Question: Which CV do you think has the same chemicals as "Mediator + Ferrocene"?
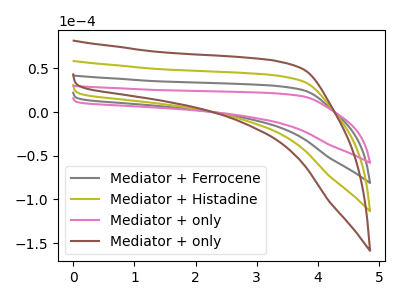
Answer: <think>The gray curve "Mediator + Ferrocene" has no peaks. The olive curve "Mediator + Histadine" has no peaks. The pink curve "Mediator + only" has no peaks. The brown curve "Mediator + only" has no peaks.
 Neither "Mediator + Ferrocene" or "Mediator + Histadine" have any peaks. Neither "Mediator + Ferrocene" or "Mediator + only" have any peaks. Neither "Mediator + Ferrocene" or "Mediator + only" have any peaks. Neither "Mediator + Histadine" or "Mediator + only" have any peaks. Neither "Mediator + Histadine" or "Mediator + only" have any peaks. Neither "Mediator + only" or "Mediator + only" have any peaks.</think>
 <answer>"Mediator + Ferrocene", "Mediator + Histadine" and "Mediator + only" have a similar shape to "Mediator + only".</answer>
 <eval>"Mediator + Ferrocene" "Mediator + Histadine" "Mediator + only"</eval>